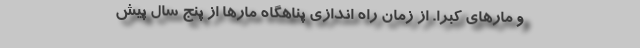
و مار‌های کبرا. از زمان راه اندازی پناهگاه مار‌ها از پنج سال پیش